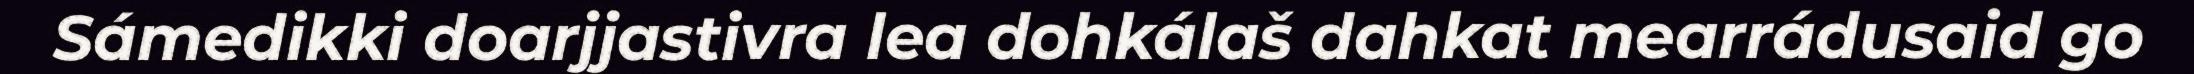
Sámedikki doarjjastivra lea dohkálaš dahkat mearrádusaid go